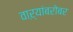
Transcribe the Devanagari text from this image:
वाऱ्यांबरोबर